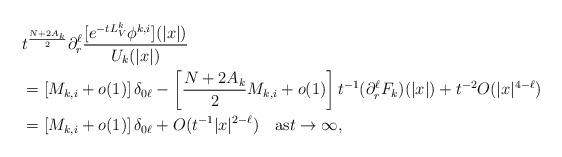
LaTeX: \begin{align*} & t^{\frac{N+2A_k}{2}}\partial_r^\ell\frac{[e^{-tL_V^k}\phi^{k,i}](|x|)}{U_k(|x|)}\\ & =\left[M_{k,i}+o(1)\right]\delta_{0\ell} -\left[\frac{N+2A_k}{2}M_{k,i}+o(1)\right]t^{-1}(\partial_r^\ell F_k)(|x|) +t^{-2}O(|x|^{4-\ell})\\ & =\left[M_{k,i}+o(1)\right]\delta_{0\ell}+O(t^{-1}|x|^{2-\ell})\quad\mbox{as}t\to\infty,\end{align*}